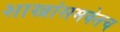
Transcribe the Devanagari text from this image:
शाखांसमवेतच